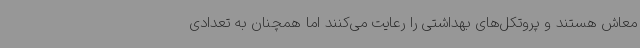
معاش هستند و پروتکل‌های بهداشتی را رعایت می‌کنند اما همچنان به تعدادی